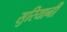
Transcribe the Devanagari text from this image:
सुरियानी